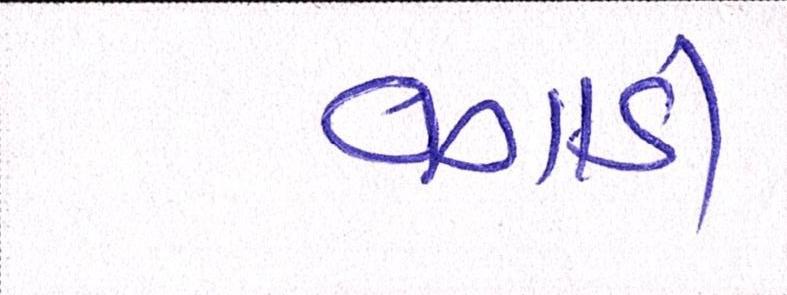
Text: વગાડી